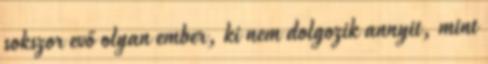
sokszor evő olyan ember, ki nem dolgozik annyit, mint